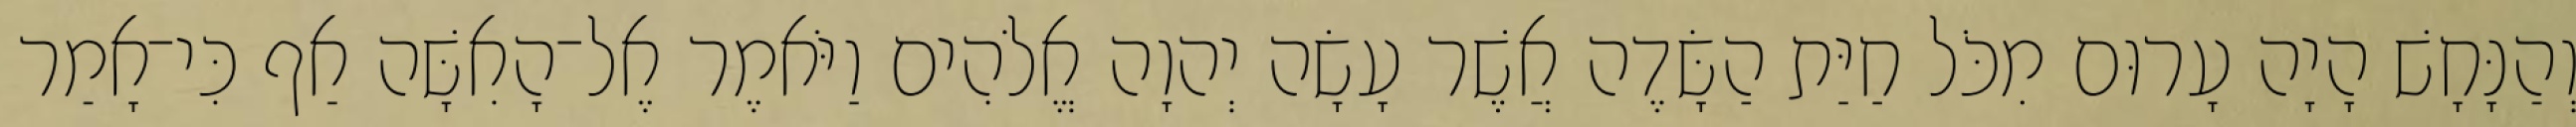
וְהַנָּחָשׁ הָיָה עָרוּם מִכֹּל חַיַּת הַשָּׂדֶה אֲשֶׁר עָשָׂה יְהוָה אֱלֹהִים וַיֹּאמֶר אֶל־הָאִשָּׁה אַף כִּי־אָמַר